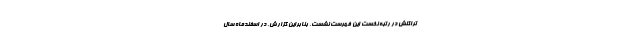
تراکنش در رتبه نخست این فهرست نشست. بنابراین گزارش، در اسفندماه سال